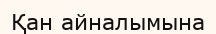
Қан айналымына